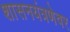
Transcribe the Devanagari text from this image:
शासनयंत्रणेवर